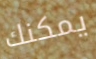
يمكنك